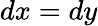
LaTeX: dx=dy